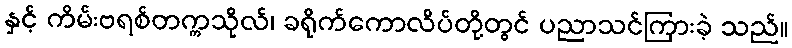
နှင့် ကိမ်းဗရစ်တက္ကသိုလ်၊ ခရိုက်ကောလိပ်တို့တွင် ပညာသင်ကြားခဲ့ သည်။